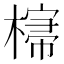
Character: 𣘕